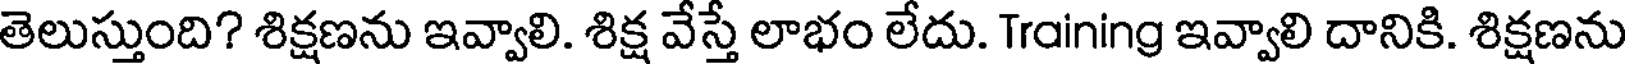
తెలుస్తుంది? శిక్షణను ఇవ్వాలి. శిక్ష వేస్తే లాభం లేదు. Training ఇవ్వాలి దానికి. శిక్షణను